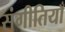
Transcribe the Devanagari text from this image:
संगीतियाँ